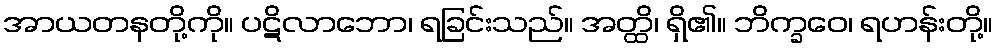
အာယတနတို့ကို။ ပဋိလာဘော၊ ရခြင်းသည်။ အတ္ထိ၊ ရှိ၏။ ဘိက္ခဝေ၊ ရဟန်းတို့။